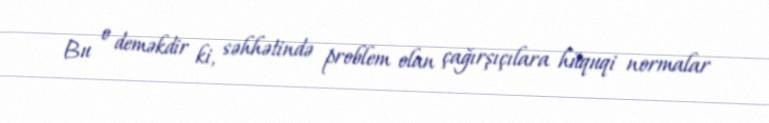
Bu o deməkdir ki, səhhətində problem olan çağırşıçılara hüquqi normalar